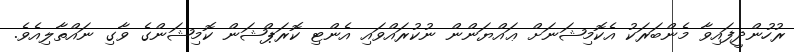
ރުހުންދީފައިވާ މެންބަރަކު އެކޮމިޝަނަށް ޢައްޔަންން ނުކުރައްވައި އެންޓި ކޮރަޕްޝަން ކޮމިޝަންގެ ވާގި ނައްތާލިއެވެ.